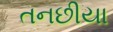
તનછીયા